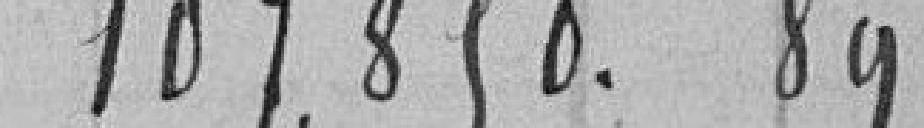
107850.89